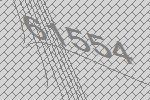
61554